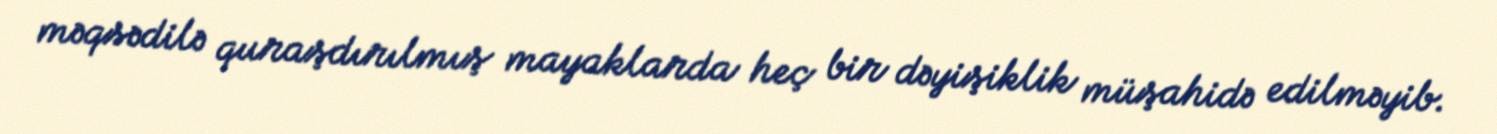
məqsədilə quraşdırılmış mayaklarda heç bir dəyişiklik müşahidə edilməyib.